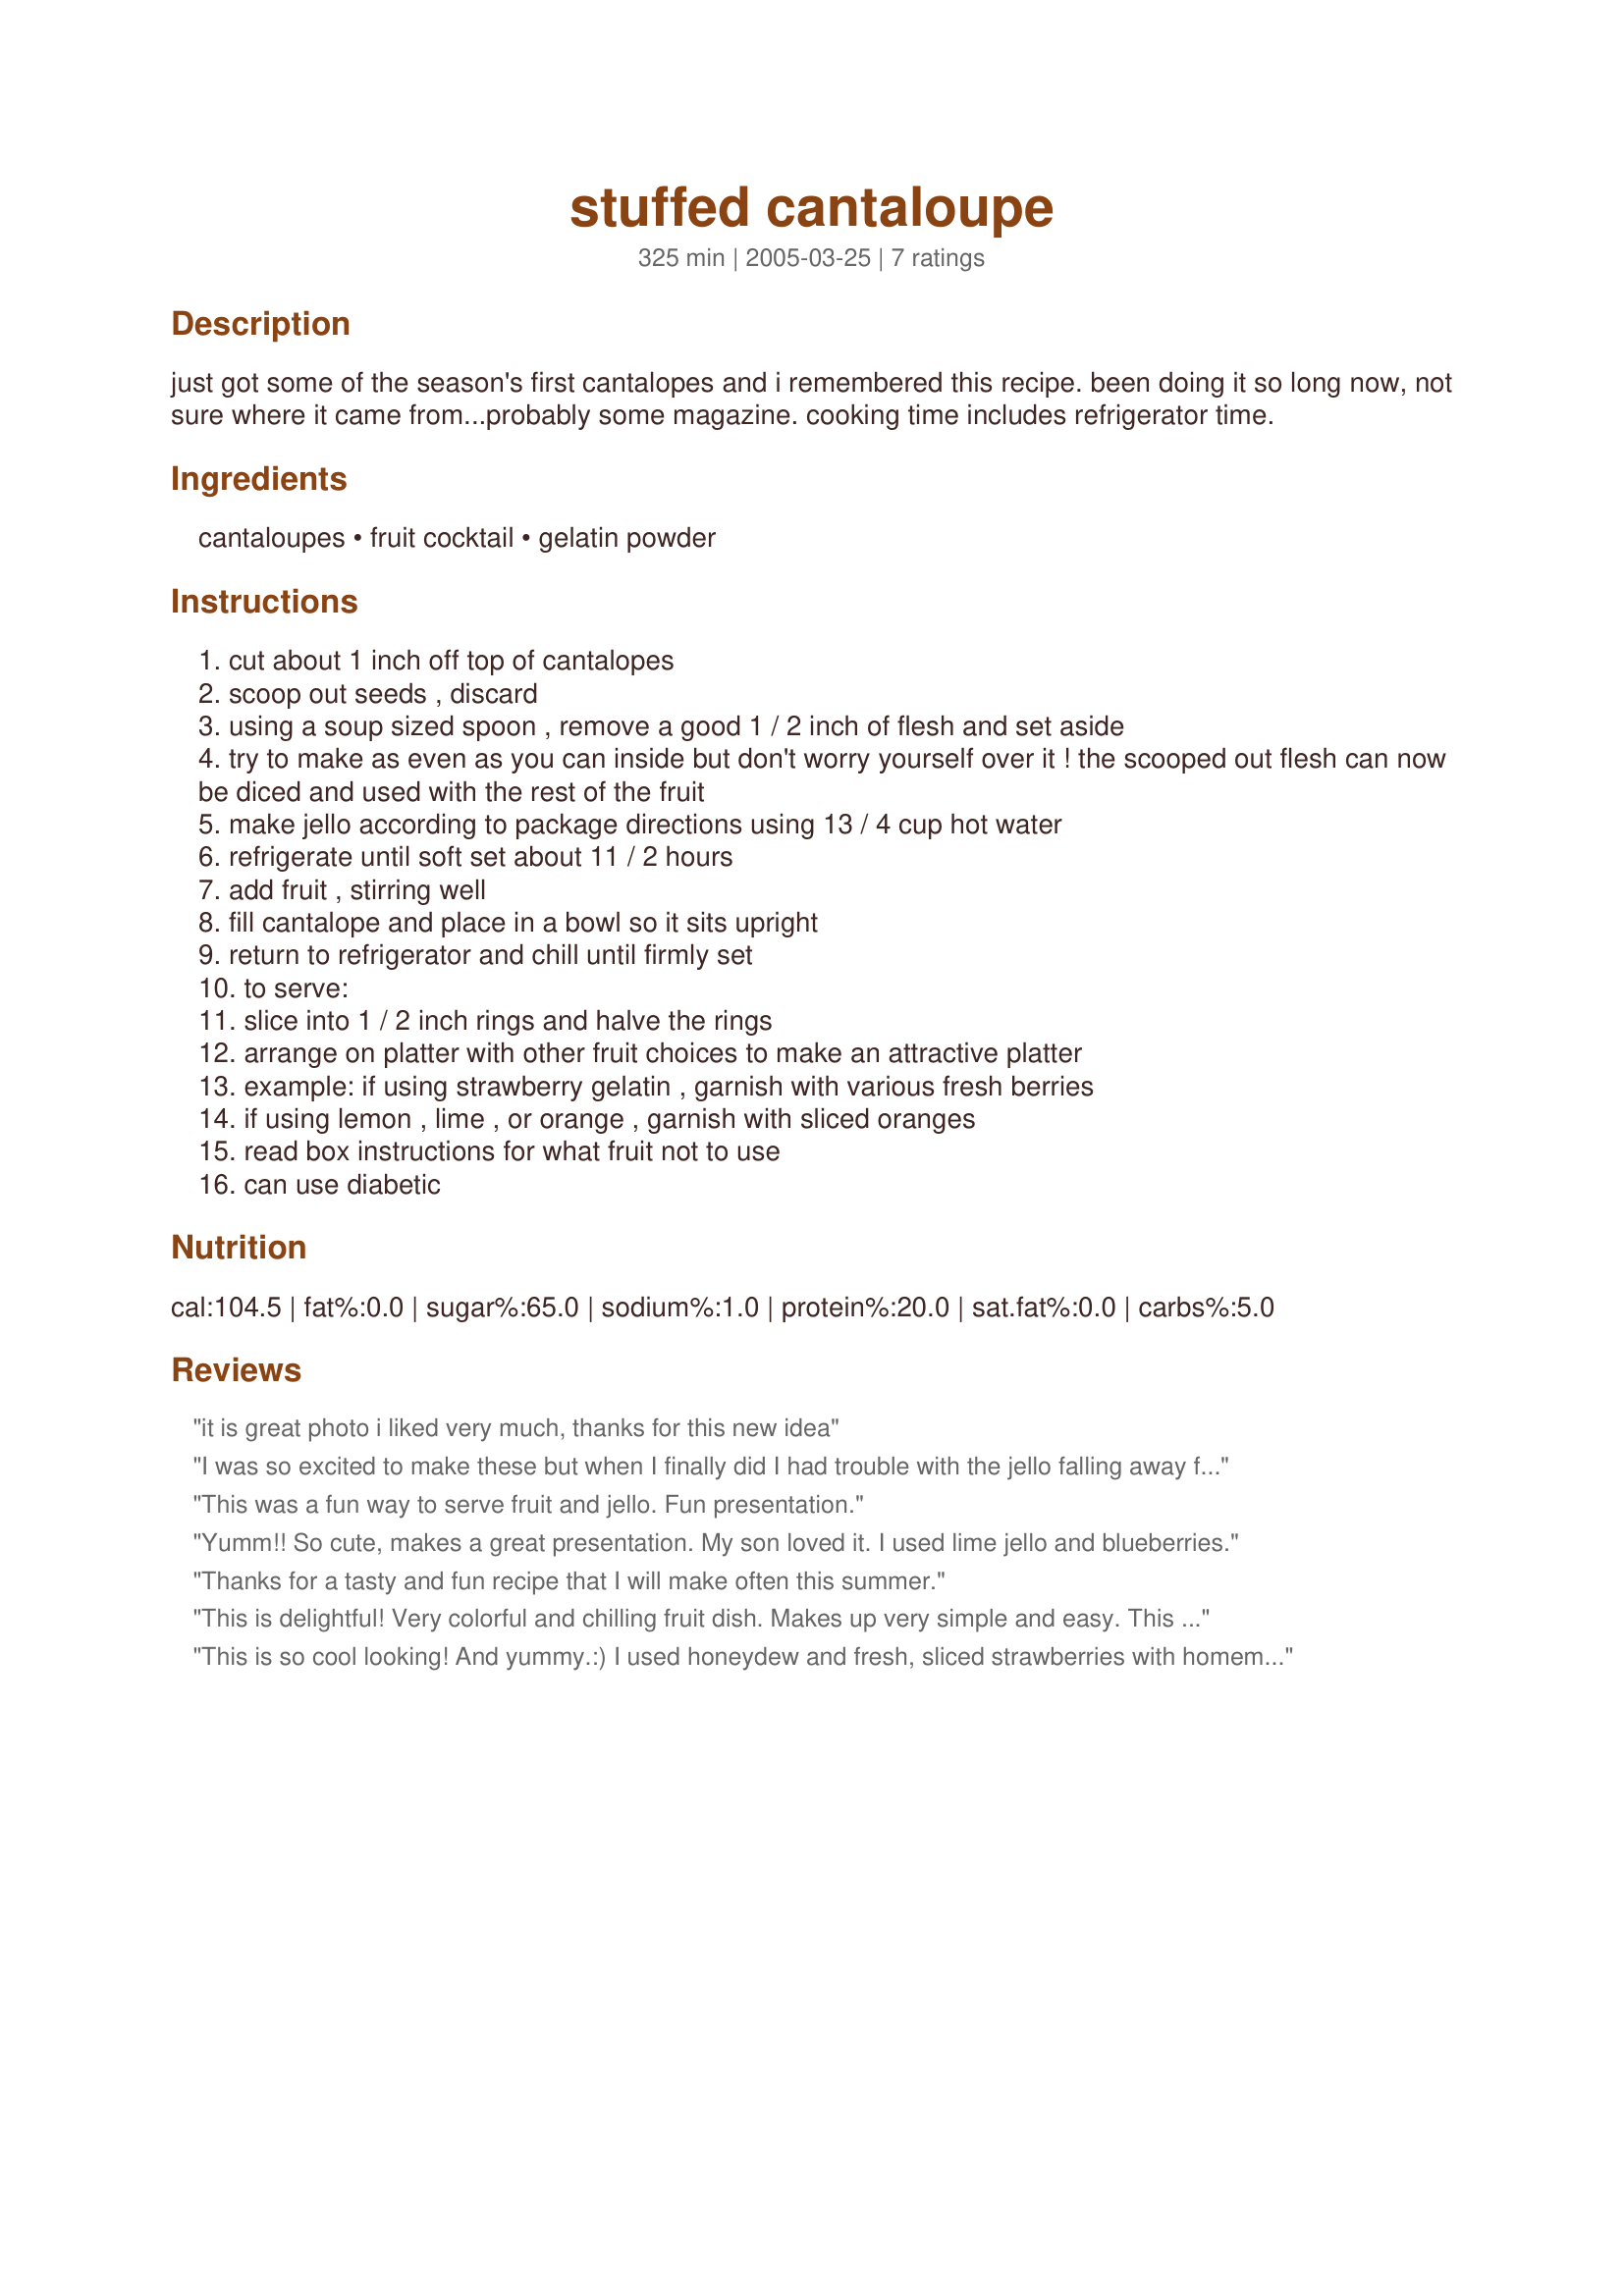
stuffed cantaloupe
Preparation time: 325 minutes

just got some of the season's first cantalopes and i remembered this recipe. been doing it so long now, not sure where it came from...probably some magazine. cooking time includes refrigerator time.

Ingredients:
cantaloupes, fruit cocktail, gelatin powder

Steps:
cut about 1 inch off top of cantalopes
scoop out seeds , discard
using a soup sized spoon , remove a good 1 / 2 inch of flesh and set aside
try to make as even as you can inside but don't worry yourself over it ! the scooped out flesh can now be diced and used with the rest of the fruit
make jello according to package directions using 13 / 4 cup hot water
refrigerate until soft set about 11 / 2 hours
add fruit , stirring well
fill cantalope and place in a bowl so it sits upright
return to refrigerator and chill until firmly set
to serve:
slice into 1 / 2 inch rings and halve the rings
arrange on platter with other fruit choices to make an attractive platter
example: if using strawberry gelatin , garnish with various fresh berries
if using lemon , lime , or orange , garnish with sliced oranges
read box instructions for what fruit not to use
can use diabetic

Reviews:
it is great photo i liked very much, thanks for this new idea
I was so excited to make these but when I finally did I had trouble with the jello falling away from the cantaloupe, maybe I didn't take enough flesh from the cantaloupe? Looking at the picture now maybe I cut too thin, I still have 2 in my fridge, I will try to cut into thicker shapes like the picture, I will keep trying to get this right as I love the concept of these!! Thank You!!
This was a fun way to serve fruit and jello. Fun presentation.
Yumm!! So cute, makes a great presentation. My son loved it. I used lime jello and blueberries.
Thanks for a tasty and fun recipe that I will make often this summer.
This is delightful! 
Very colorful and chilling fruit dish.
Makes up very simple and easy. 
This will differently be on my summer chillin' list. Its always nice to have a refreshing chilled item on a hot day. Thanks for sharing this recipe! 

This is so cool looking! And yummy.:) I used honeydew and fresh, sliced strawberries with homemade jello from recipe #37415. Thanks so much for sharing!
